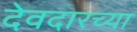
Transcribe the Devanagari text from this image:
देवदारच्या